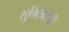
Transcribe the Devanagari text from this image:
सुमित्रादेवी